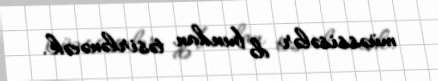
müəssisələr də bundan təsirlənəcək.